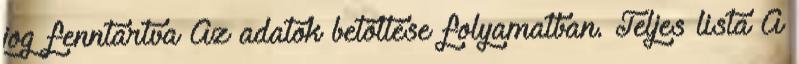
jog fenntartva Az adatok betöltése folyamatban. Teljes lista A